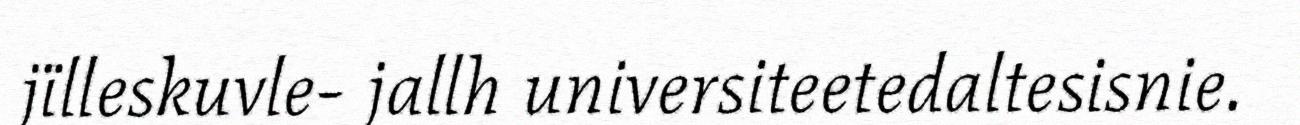
jïlleskuvle- jallh universiteetedaltesisnie.